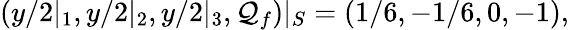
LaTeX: (y/2|_{1},y/2|_{2},y/2|_{3},\mathcal{Q}_{f})|_{S}=(1/6,-1/6,0,-1),